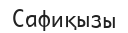
Сафиқызы